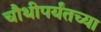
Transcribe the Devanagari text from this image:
चौथीपर्यंतच्या